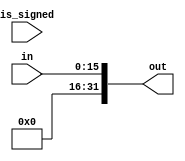

module sign_extend (in, is_signed, out);
    input wire [15:0] in;
    input wire is_signed;
    output wire [31:0] out;

    assign out = is_signed ? $signed(in) : {16'b0, in};
endmodule